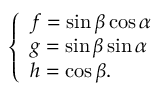
\left\{ \begin{array} { l l } { f = \sin \beta \cos \alpha } \\ { g = \sin \beta \sin \alpha } \\ { h = \cos \beta . } \end{array} \right.